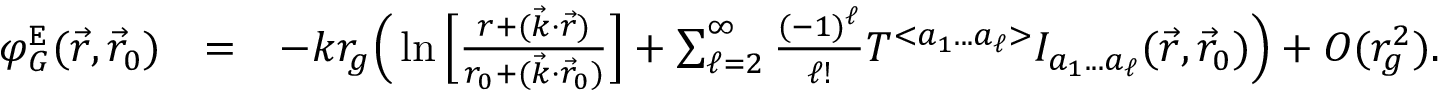
\begin{array} { r l r } { \varphi _ { G } ^ { \tt E } ( \vec { r } , \vec { r } _ { 0 } ) } & { = } & { - k r _ { g } \Big ( \ln \Big [ \frac { r + ( \vec { k } \cdot \vec { r } ) } { r _ { 0 } + ( \vec { k } \cdot \vec { r } _ { 0 } ) } \Big ] + \sum _ { \ell = 2 } ^ { \infty } \frac { ( - 1 ) ^ { \ell } } { \ell ! } { \cal T } ^ { < a _ { 1 } . . . a _ { \ell } > } { \cal I } _ { a _ { 1 } . . . a _ { \ell } } ( \vec { r } , \vec { r } _ { 0 } ) \Big ) + { \cal O } ( r _ { g } ^ { 2 } ) . } \end{array}